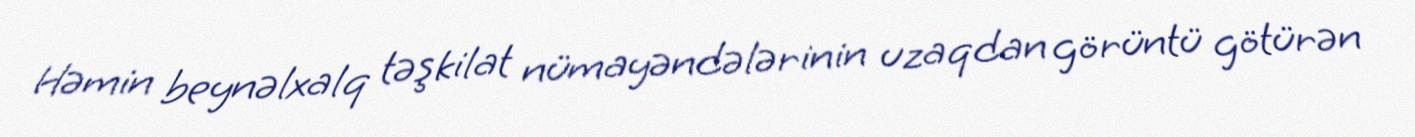
Həmin beynəlxalq təşkilat nümayəndələrinin uzaqdan görüntü götürən